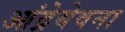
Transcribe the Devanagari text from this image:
आंद्रेयेवना